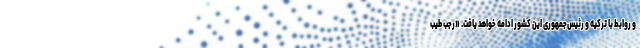
و روابط با ترکیه و رئیس‌جمهوری این کشور ادامه خواهد یافت. «رجب طیب